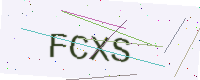
Text: FCXS